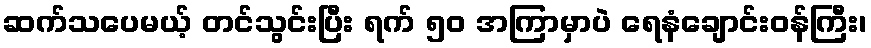
ဆက်သပေမယ့် တင်သွင်းပြီး ရက် ၅၀ အကြာမှာပဲ ရေနံချောင်းဝန်ကြီး၊